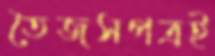
তৈজসপত্রই